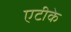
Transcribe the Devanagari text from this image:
एटीके